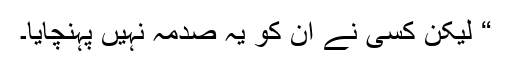
“ لیکن کسی نے ان کو یہ صدمہ نہیں پہنچایا۔